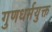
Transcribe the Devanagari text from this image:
गुणधर्मयुक्त